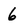
Character: 6